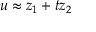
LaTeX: u \approx z _ { 1 } + t z _ { 2 }